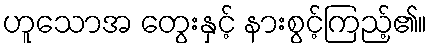
ဟူသောအ တွေးနှင့် နားစွင့်ကြည့်၏။